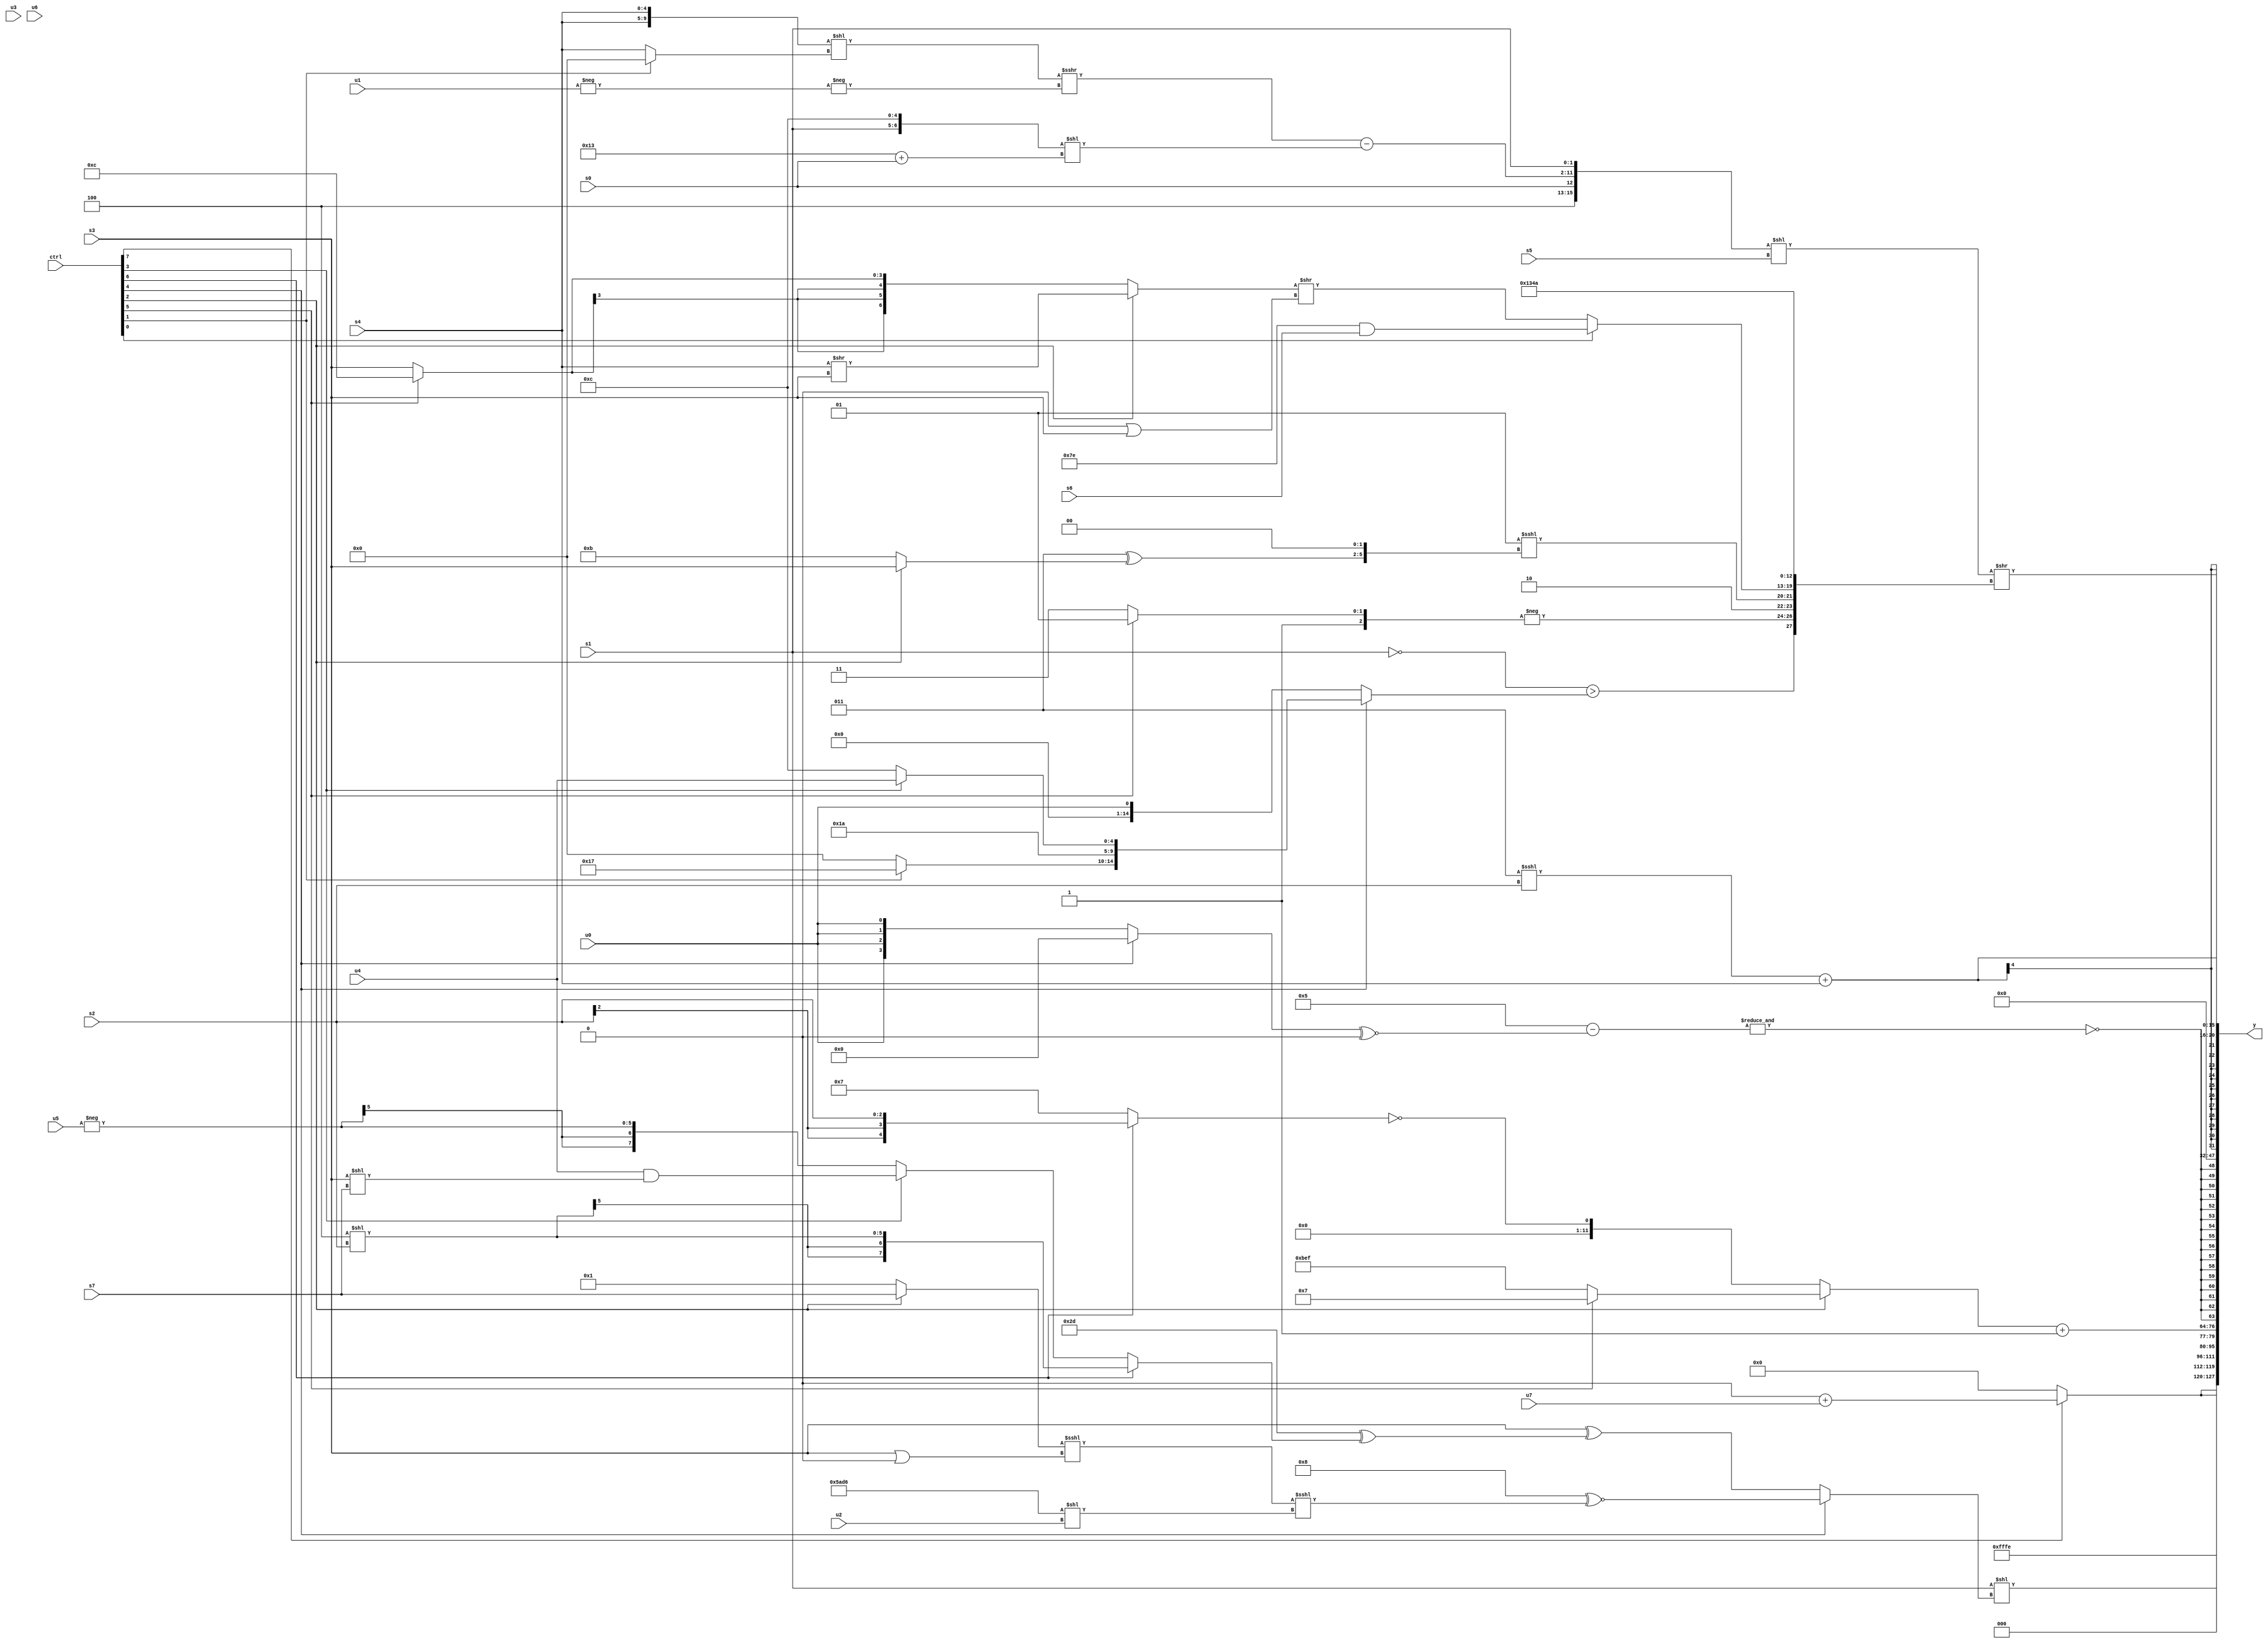
module wideexpr_00553(ctrl, u0, u1, u2, u3, u4, u5, u6, u7, s0, s1, s2, s3, s4, s5, s6, s7, y);
  input [7:0] ctrl;
  input [0:0] u0;
  input [1:0] u1;
  input [2:0] u2;
  input [3:0] u3;
  input [4:0] u4;
  input [5:0] u5;
  input [6:0] u6;
  input [7:0] u7;
  input signed [0:0] s0;
  input signed [1:0] s1;
  input signed [2:0] s2;
  input signed [3:0] s3;
  input signed [4:0] s4;
  input signed [5:0] s5;
  input signed [6:0] s6;
  input signed [7:0] s7;
  output [127:0] y;
  wire [15:0] y0;
  wire [15:0] y1;
  wire [15:0] y2;
  wire [15:0] y3;
  wire [15:0] y4;
  wire [15:0] y5;
  wire [15:0] y6;
  wire [15:0] y7;
  assign y = {y0,y1,y2,y3,y4,y5,y6,y7};
  assign y0 = $signed({3{$signed((ctrl[7]?({2{(5'sb10111)>(5'sb01001)}})+(u7):$signed(({s6,2'sb11,1'sb0,s7})==((ctrl[6]?u7:u2)))))}});
  assign y1 = 2'sb10;
  assign y2 = +(($signed(s1))<<((ctrl[4]?(4'sb1000)^~($signed(((((ctrl[2]?s7:3'sb001))<<<((s3)|(2'b00)))<<<(({3{5'b10110}})<<(u2)))>>(1'sb0))):(s3)^((6'sb101101)^((ctrl[6]?$signed($signed((6'b000100)<<(s2))):(ctrl[3]?($signed(u4))&((s3)<<(s7)):$signed(-(u5)))))))));
  assign y3 = ({(ctrl[2]?(ctrl[5]?3'sb111:{2{6'sb101111}}):!($signed((ctrl[6]?s2:$signed(5'sb00111)))))})+(1'sb1);
  assign y4 = $signed(~&($unsigned((4'sb0101)-(((ctrl[4]?(s0)<<<(3'sb101):$signed(u0)))^~(((2'sb00)<<<(u0))>>(6'b011100))))));
  assign y5 = (3'sb000)&((s7)==(3'sb100));
  assign y6 = $signed({1{($signed((5'sb00011)<<<(s2)))+(s4)}});
  assign y7 = $signed((({3'sb100,-($signed(s0)),((({s4,s4})<<((ctrl[1]?1'sb0:s4)))>>>(-(-(u1))))-((({s1,1'b0,2'b11})<<(-(3'b110)))<<($signed((6'b010011)+(s0)))),$signed($unsigned(s1))})<<(s5))>>({(~({s1}))>($unsigned((ctrl[4]?{$signed(3'sb000),(ctrl[1]?6'sb010111:2'sb00),$signed(5'sb11010),(ctrl[3]?u4:5'b01100)}:u0))),{{$unsigned(-((ctrl[5]?3'sb101:2'sb11))),2'sb10},(2'sb01)<<<(((4'sb0011)^((ctrl[2]?s3:6'sb101011)))<<($signed(2'sb10))),(ctrl[0]?$signed((-(2'b10))&(s6)):((ctrl[2]?(s4)>>(s3):(ctrl[5]?3'sb100:s3)))>>(((4'sb0111)>>(5'b01011))|(s3))),6'sb100110},-(2'b10),5'sb01010}));
endmodule